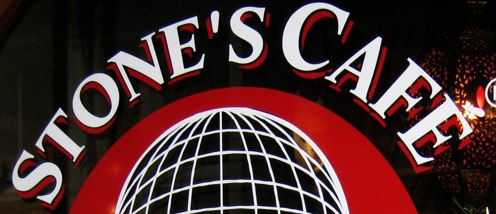
STONE'S CAFE